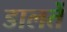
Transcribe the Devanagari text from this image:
डालतें